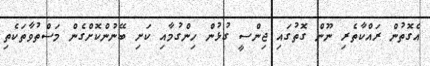
އެގޮތުން ރައްކާތެރި ނޫން ގޮތުގައި ޖިންސީ ގުޅުން ހިންގުމާއި ކަށި ބޭނުންކޮށްގެން މަސްތުވާތަކެތި